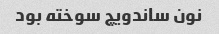
نون ساندویچ سوخته بود